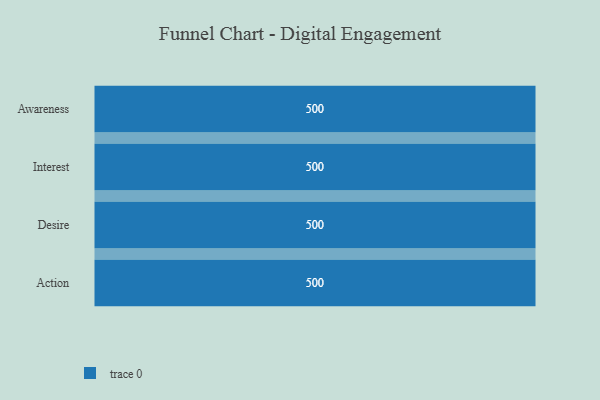
{"axis": {"x": "Stage", "y": "Value"}, "legend": [""], "data": [{"x": "Awareness", "y": 500, "type": ""}, {"x": "Interest", "y": 500, "type": ""}, {"x": "Desire", "y": 500, "type": ""}, {"x": "Action", "y": 500, "type": ""}]}